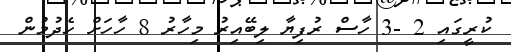
ކުރީގައި 2 -3 ހާސް ރުފިޔާ ލިބޭއިރު މިހާރު 8 ހާހަށް ހެދުމުން